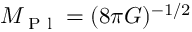
M _ { \textrm { P l } } = ( 8 \pi G ) ^ { - 1 / 2 }